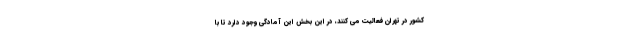
کشور در تهران فعالیت می کنند، در این بخش این آمادگی وجود دارد تا با